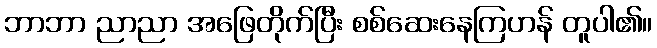
ဘာဘာ ညာညာ အဖြေတိုက်ပြီး စစ်ဆေးနေကြဟန် တူပါ၏။